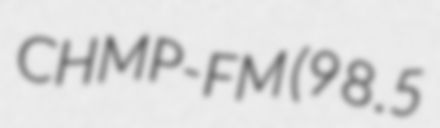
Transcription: CHMP-FM (98.5